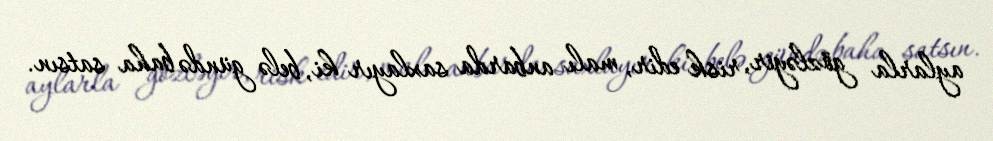
aylarla gözləyir, risk edir, malı anbarda saxlayır ki, belə gündə baha satsın.